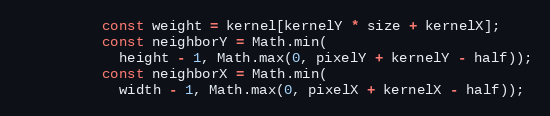
Language: JavaScript
          const weight = kernel[kernelY * size + kernelX];
          const neighborY = Math.min(
            height - 1, Math.max(0, pixelY + kernelY - half));
          const neighborX = Math.min(
            width - 1, Math.max(0, pixelX + kernelX - half));